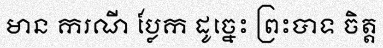
មាន ករណី ប្លែក ដូច្នេះ ព្រះបាទ ចិត្ត